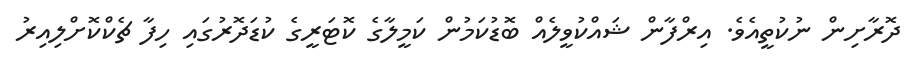
ދޮރާށިން ނުކުތީއެވެ. އިރްފާން ޝައްކުވީލެއް ބޮޑުކަމުން ކަމީލާގެ ކޮޓަރީގެ ކުޑަދޮރުގައި ހިފާ ޗެކްކޮށްލިއިރު